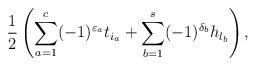
LaTeX: \begin{gather*}{1\over 2}\left(\sum_{a=1}^c (-1)^{\varepsilon_a}t_{i_a}+\sum_{b=1}^s (-1)^{\delta_b}h_{l_b}\right),\end{gather*}